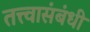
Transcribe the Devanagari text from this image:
तत्त्वासंबंधी